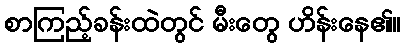
စာကြည့်ခန်းထဲတွင် မီးတွေ ဟိန်းနေ၏။